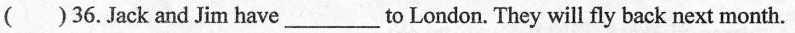
( )36.Jack and Jim have___ to London. They will fly back next month.